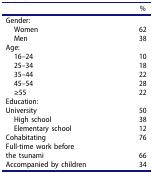
<table><thead><tr><td><b> </b></td><td><b>%</b></td></tr></thead><tbody><tr><td>Gender:</td><td> </td></tr><tr><td> Women</td><td>62</td></tr><tr><td> Men</td><td>38</td></tr><tr><td>Age:</td><td> </td></tr><tr><td> 16–24</td><td>10</td></tr><tr><td> 25–34</td><td>18</td></tr><tr><td> 35–44</td><td>22</td></tr><tr><td> 45–54</td><td>28</td></tr><tr><td> ≥55</td><td>22</td></tr><tr><td>Education:</td><td> </td></tr><tr><td>University</td><td>50</td></tr><tr><td> High school</td><td>38</td></tr><tr><td> Elementary school</td><td>12</td></tr><tr><td>Cohabitating</td><td>76</td></tr><tr><td>Full-time work before</td><td> </td></tr><tr><td>the tsunami</td><td>66</td></tr><tr><td>Accompanied by children</td><td>34</td></tr></tbody></table>